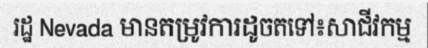
រដ្ឋ Nevada មានតម្រូវការដូចតទៅ៖សាជីវកម្ម